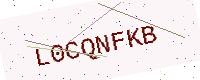
Text: L0CQNFKB